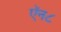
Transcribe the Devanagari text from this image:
ऍन८